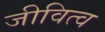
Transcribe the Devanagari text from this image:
जीवित्व